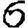
Digit: 6